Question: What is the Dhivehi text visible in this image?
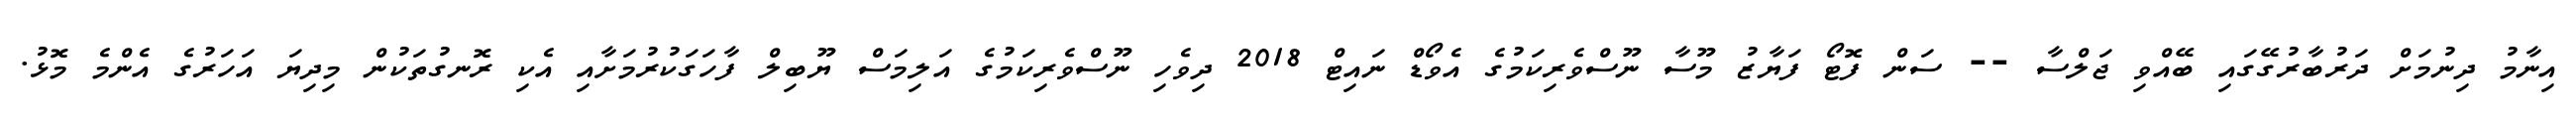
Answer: އިނާމު ދިނުމަށް ދަރުބާރުގޭގައި ބޭއްވި ޖަލްސާ -- ސަން ފޮޓޯ ފަޔާޒު މޫސާ ނޫސްވެރިކަމުގެ އެވޯޑް ނައިޓް 2018 ދިވެހި ނޫސްވެރިކަމުގެ އަލިމަސް ޔޫބިލް ފާހަގަކުރުމަށާއި އެކި ރޮނގުތަކުން މިދިޔަ އަހަރުގެ އެންމެ މޮޅު.